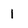
Character: 1